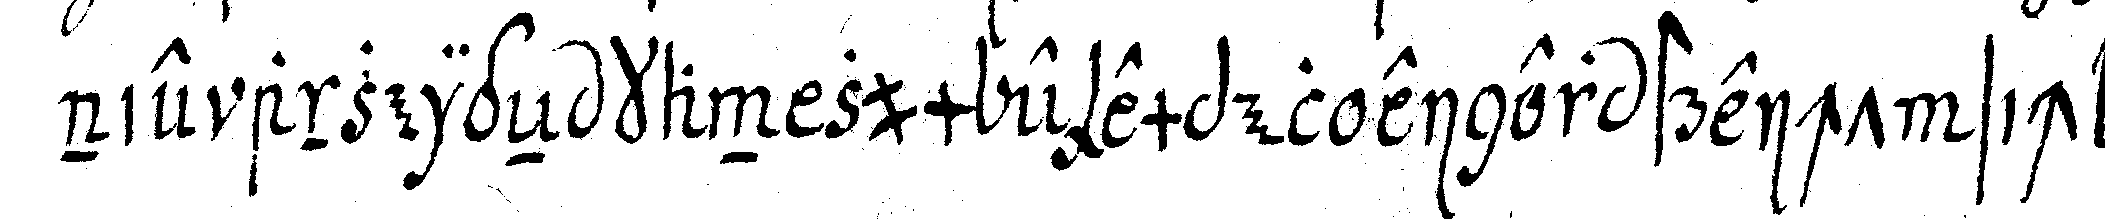
nie anzeigeN kan zum exempel einer streicht sich